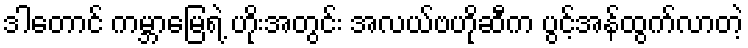
ဒါတောင် ကမ္ဘာမြေရဲ့ ဟိုးအတွင်း အလယ်ဗဟိုဆီက ပွင့်အန်ထွက်လာတဲ့